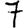
Digit: 7